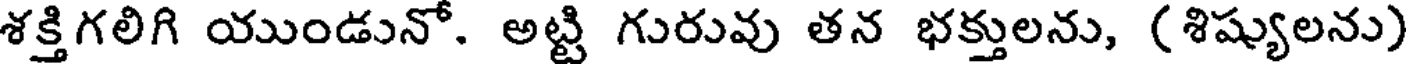
శక్తిగలిగి యుండునో. అట్టి గురువు తన భక్తులను, (శిష్యులను)